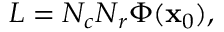
{ \cal L } = N _ { c } N _ { r } \Phi ( { \bf x } _ { 0 } ) ,